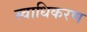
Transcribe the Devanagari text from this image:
स्वाधिकरण